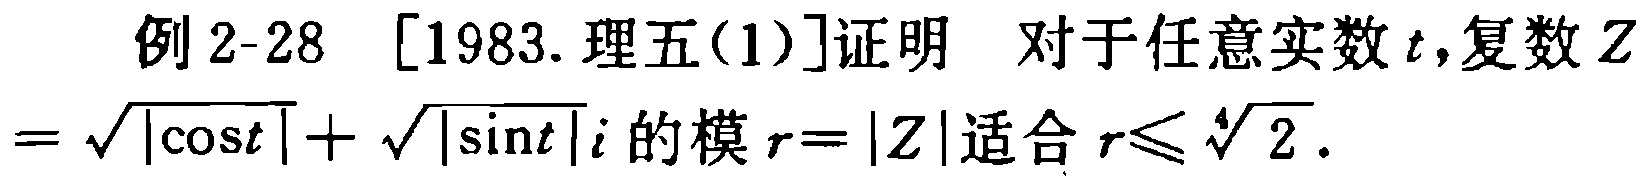
例 2-28 [1983. 理五(1)]证明 对于任意实数 \(t\)，复数 \(Z = \sqrt{|\cos t|}+\sqrt{|\sin t|}i\) 的模 \(r = |Z|\) 适合 \(r\leqslant\sqrt[4]{2}\)。